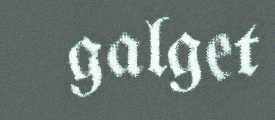
galget